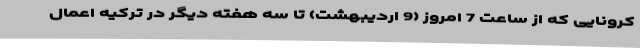
کرونایی که از ساعت 7 امروز (9 اردیبهشت) تا سه هفته دیگر در ترکیه اعمال